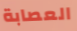
العصابة